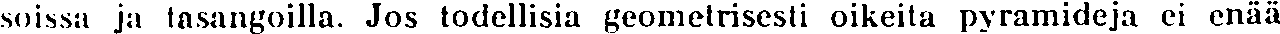
soissa ja tasangoilla. Jos todellisia geometrisesti oikeita pyramideja ei enää